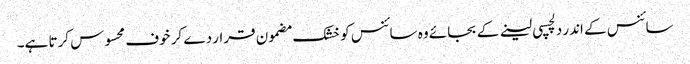
سائنس کے اندر دلچسپی لینے کے بجائے وہ سائنس کو خشک مضمون قرار دے کر خوف محسوس کرتا ہے۔